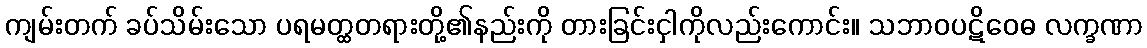
ကျမ်းတက် ခပ်သိမ်းသော ပရမတ္ထတရားတို့၏နည်းကို တားခြင်းငှါကိုလည်းကောင်း။ သဘာဝပဋိဝေဓ လက္ခဏာ